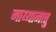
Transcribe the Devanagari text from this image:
माय्यानात्तु